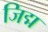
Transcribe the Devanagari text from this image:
जिद्म